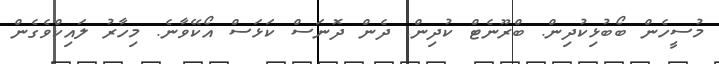
މުސީހެން ބޯބުޅިކުދިން. ބްރޫނެޓް ކުދިން. ދެން ދޮނަސް ކަޅަސް އޯކޭވާނެ. މިހާރު ލައިކްވެގެން